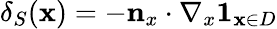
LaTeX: \delta_{S}(\mathbf{x})=-\mathbf{n}_{x}\cdot\nabla_{x}\mathbf{1}_{\mathbf{x}\in D}